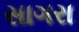
સાગરા